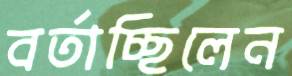
বর্তাচ্ছিলেন